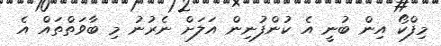
މިފްކޯ އިން ބުނީ އެ ކުންފުނިން އަލަށް ނެރުނު މި ބާވަތްތައް އެ